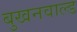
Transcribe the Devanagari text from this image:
बुखनवाल्ड